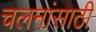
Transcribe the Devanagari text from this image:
चलनांसाठी